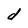
Character: d